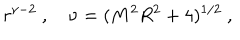
LaTeX: r ^ { \nu - 2 } \ , \quad \nu = ( M ^ { 2 } R ^ { 2 } + 4 ) ^ { 1 / 2 } \ ,